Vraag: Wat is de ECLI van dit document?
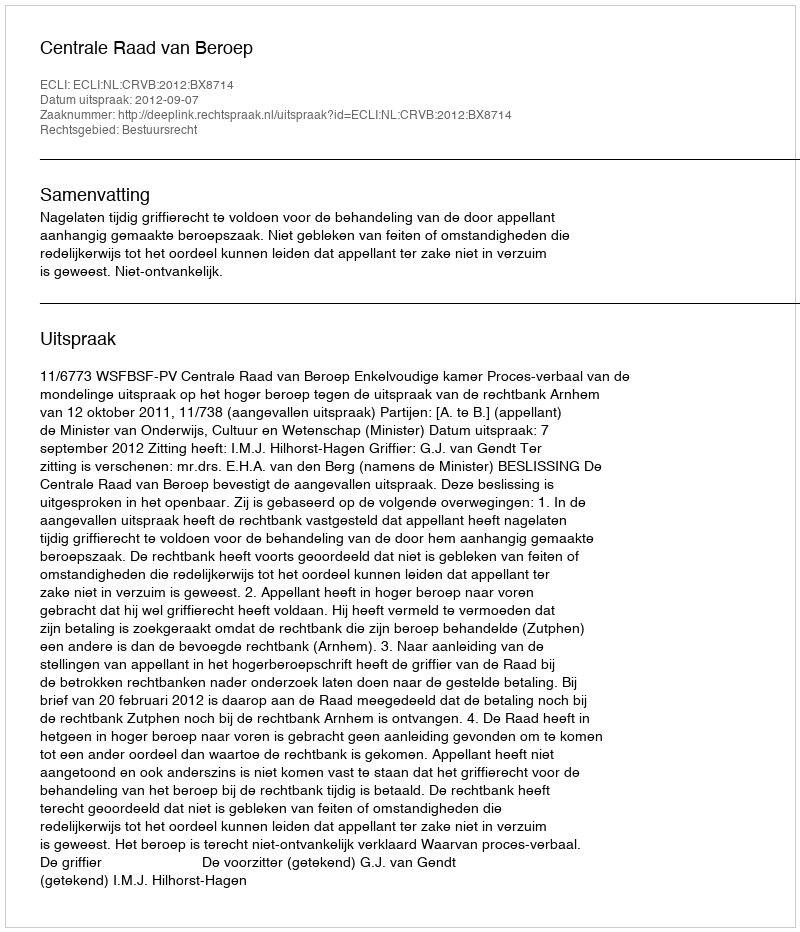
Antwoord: ECLI:NL:CRVB:2012:BX8714